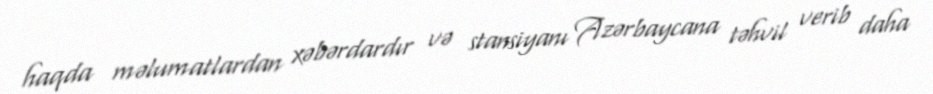
haqda məlumatlardan xəbərdardır və stansiyanı Azərbaycana təhvil verib daha